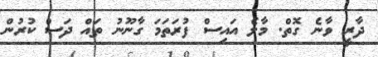
ދާރީ ވާނެ ގޮތް. މާލެ އައިސް ފުރަތަމަ ގާނޫނު ތައް ދަސް ކުރުން